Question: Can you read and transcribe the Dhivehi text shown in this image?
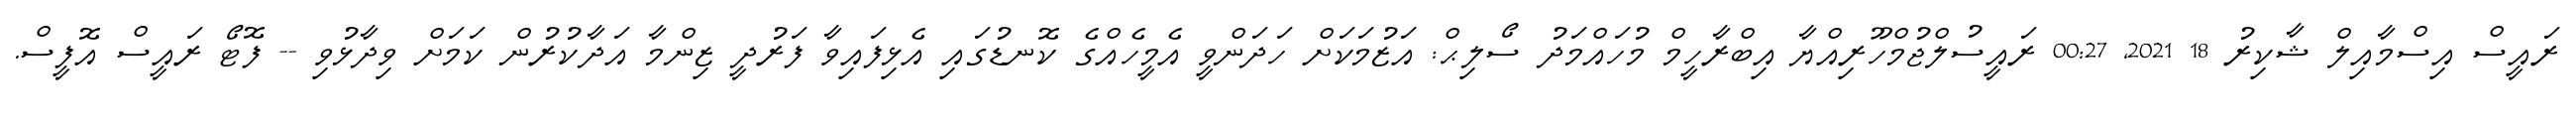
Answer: ރައީސް އިސްމާއިލް ޝާކިރު 18 2021, 00:27 ރައީސުލްޖުމްހޫރިއްޔާ އިބްރާހީމް މުހައްމަދު ސޯލިޙް: އަޒުމަކަށް ހަދަންވީ އެމީހެއްގެ ކޮނޑުގައި އެޅިފައިވާ ފަރުދީ ޒިންމާ އަދާކުރުން ކަމަށް ވިދާޅުވި -- ފޮޓޯ ރައީސް އޮފީސް.